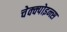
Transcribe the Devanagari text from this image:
चेक्क्पोइन्त्स